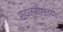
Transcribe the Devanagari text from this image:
रायलसीमाच्या